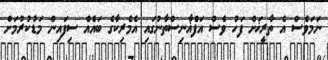
ނަމަވެސް އެ ތާރީޚަށް ފަހު ވެސް އަފްޣާނިސްތާނުގައި އެމެރިކާގެ ބައެއް ސިފައިން މަޑުކުރުމަށް